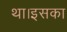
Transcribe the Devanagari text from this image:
था।इसका